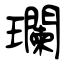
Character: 瓓